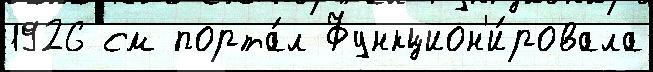
1926 см порта́л Функцион'и́ровала